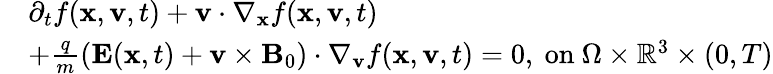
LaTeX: \begin{array}{rl}&{\partial_{t}f(\mathbf{x},\mathbf{v},t)+\mathbf{v}\cdot\nabla_{\mathbf{x}}f(\mathbf{x},\mathbf{v},t)}\\ &{+\frac{q}{m}(\mathbf{E}(\mathbf{x},t)+\mathbf{v}\times\mathbf{B}_{0})\cdot\nabla_{\mathbf{v}}f(\mathbf{x},\mathbf{v},t)=0,\mathrm{~on~}\Omega\times\mathbb{R}^{3}\times(0,T)}\end{array}